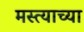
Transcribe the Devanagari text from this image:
मस्त्याच्या